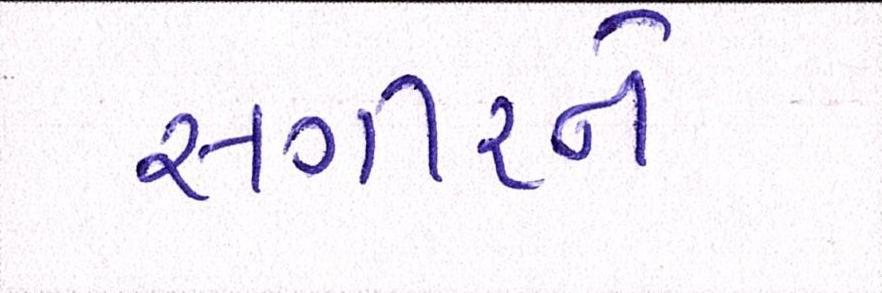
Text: સગીરને